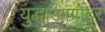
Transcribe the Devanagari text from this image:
युद्धाआगोदर